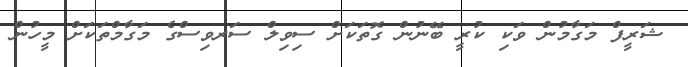
ޝަރީފް މަގާމުން ވަކި ކުރީ ބޭނުން ގޮތަކަށް ސިވިލް ސަރވިސްގެ މަގާމްތަކަށް މީހުން